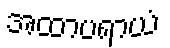
အထာပရာယံ